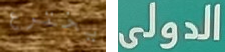
يخترع الدولى